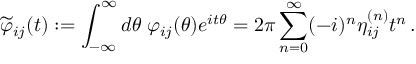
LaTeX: \widetilde { \varphi } _ { i j } ( t ) : = \int _ { - \infty } ^ { \infty } d \theta \; \varphi _ { i j } ( \theta ) e ^ { i t \theta } = 2 \pi \sum _ { n = 0 } ^ { \infty } ( - i ) ^ { n } \eta _ { i j } ^ { ( n ) } t ^ { n } \, .